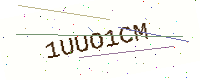
Text: 1UUO1CM